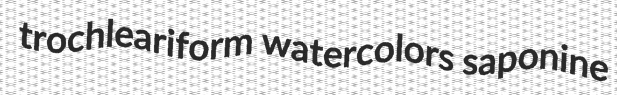
trochleariform watercolors saponine